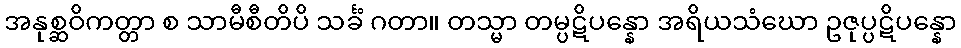
အနုစ္ဆဝိကတ္တာ စ သာမီစီတိပိ သင်္ခံ ဂတာ။ တသ္မာ တမ္ပဋိပန္နော အရိယသံဃော ဥဇုပ္ပဋိပန္နော